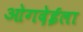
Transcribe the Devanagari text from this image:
ओगदेईला